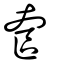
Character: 奩